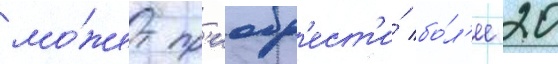
мо́жет пр'иобр'ест'и́ бо́л'ее 20